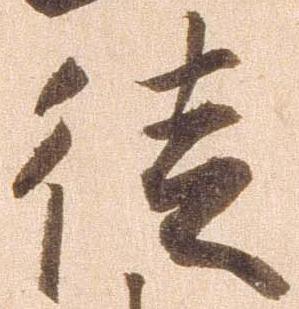
徒